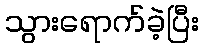
သွားရောက်ခဲ့ပြီး